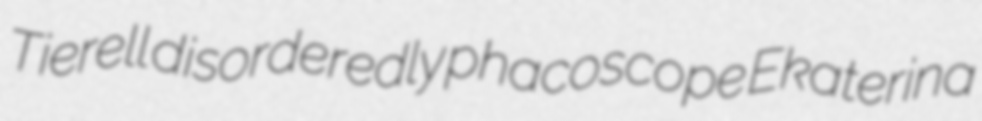
Tierell disorderedly phacoscope Ekaterina